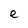
Character: e